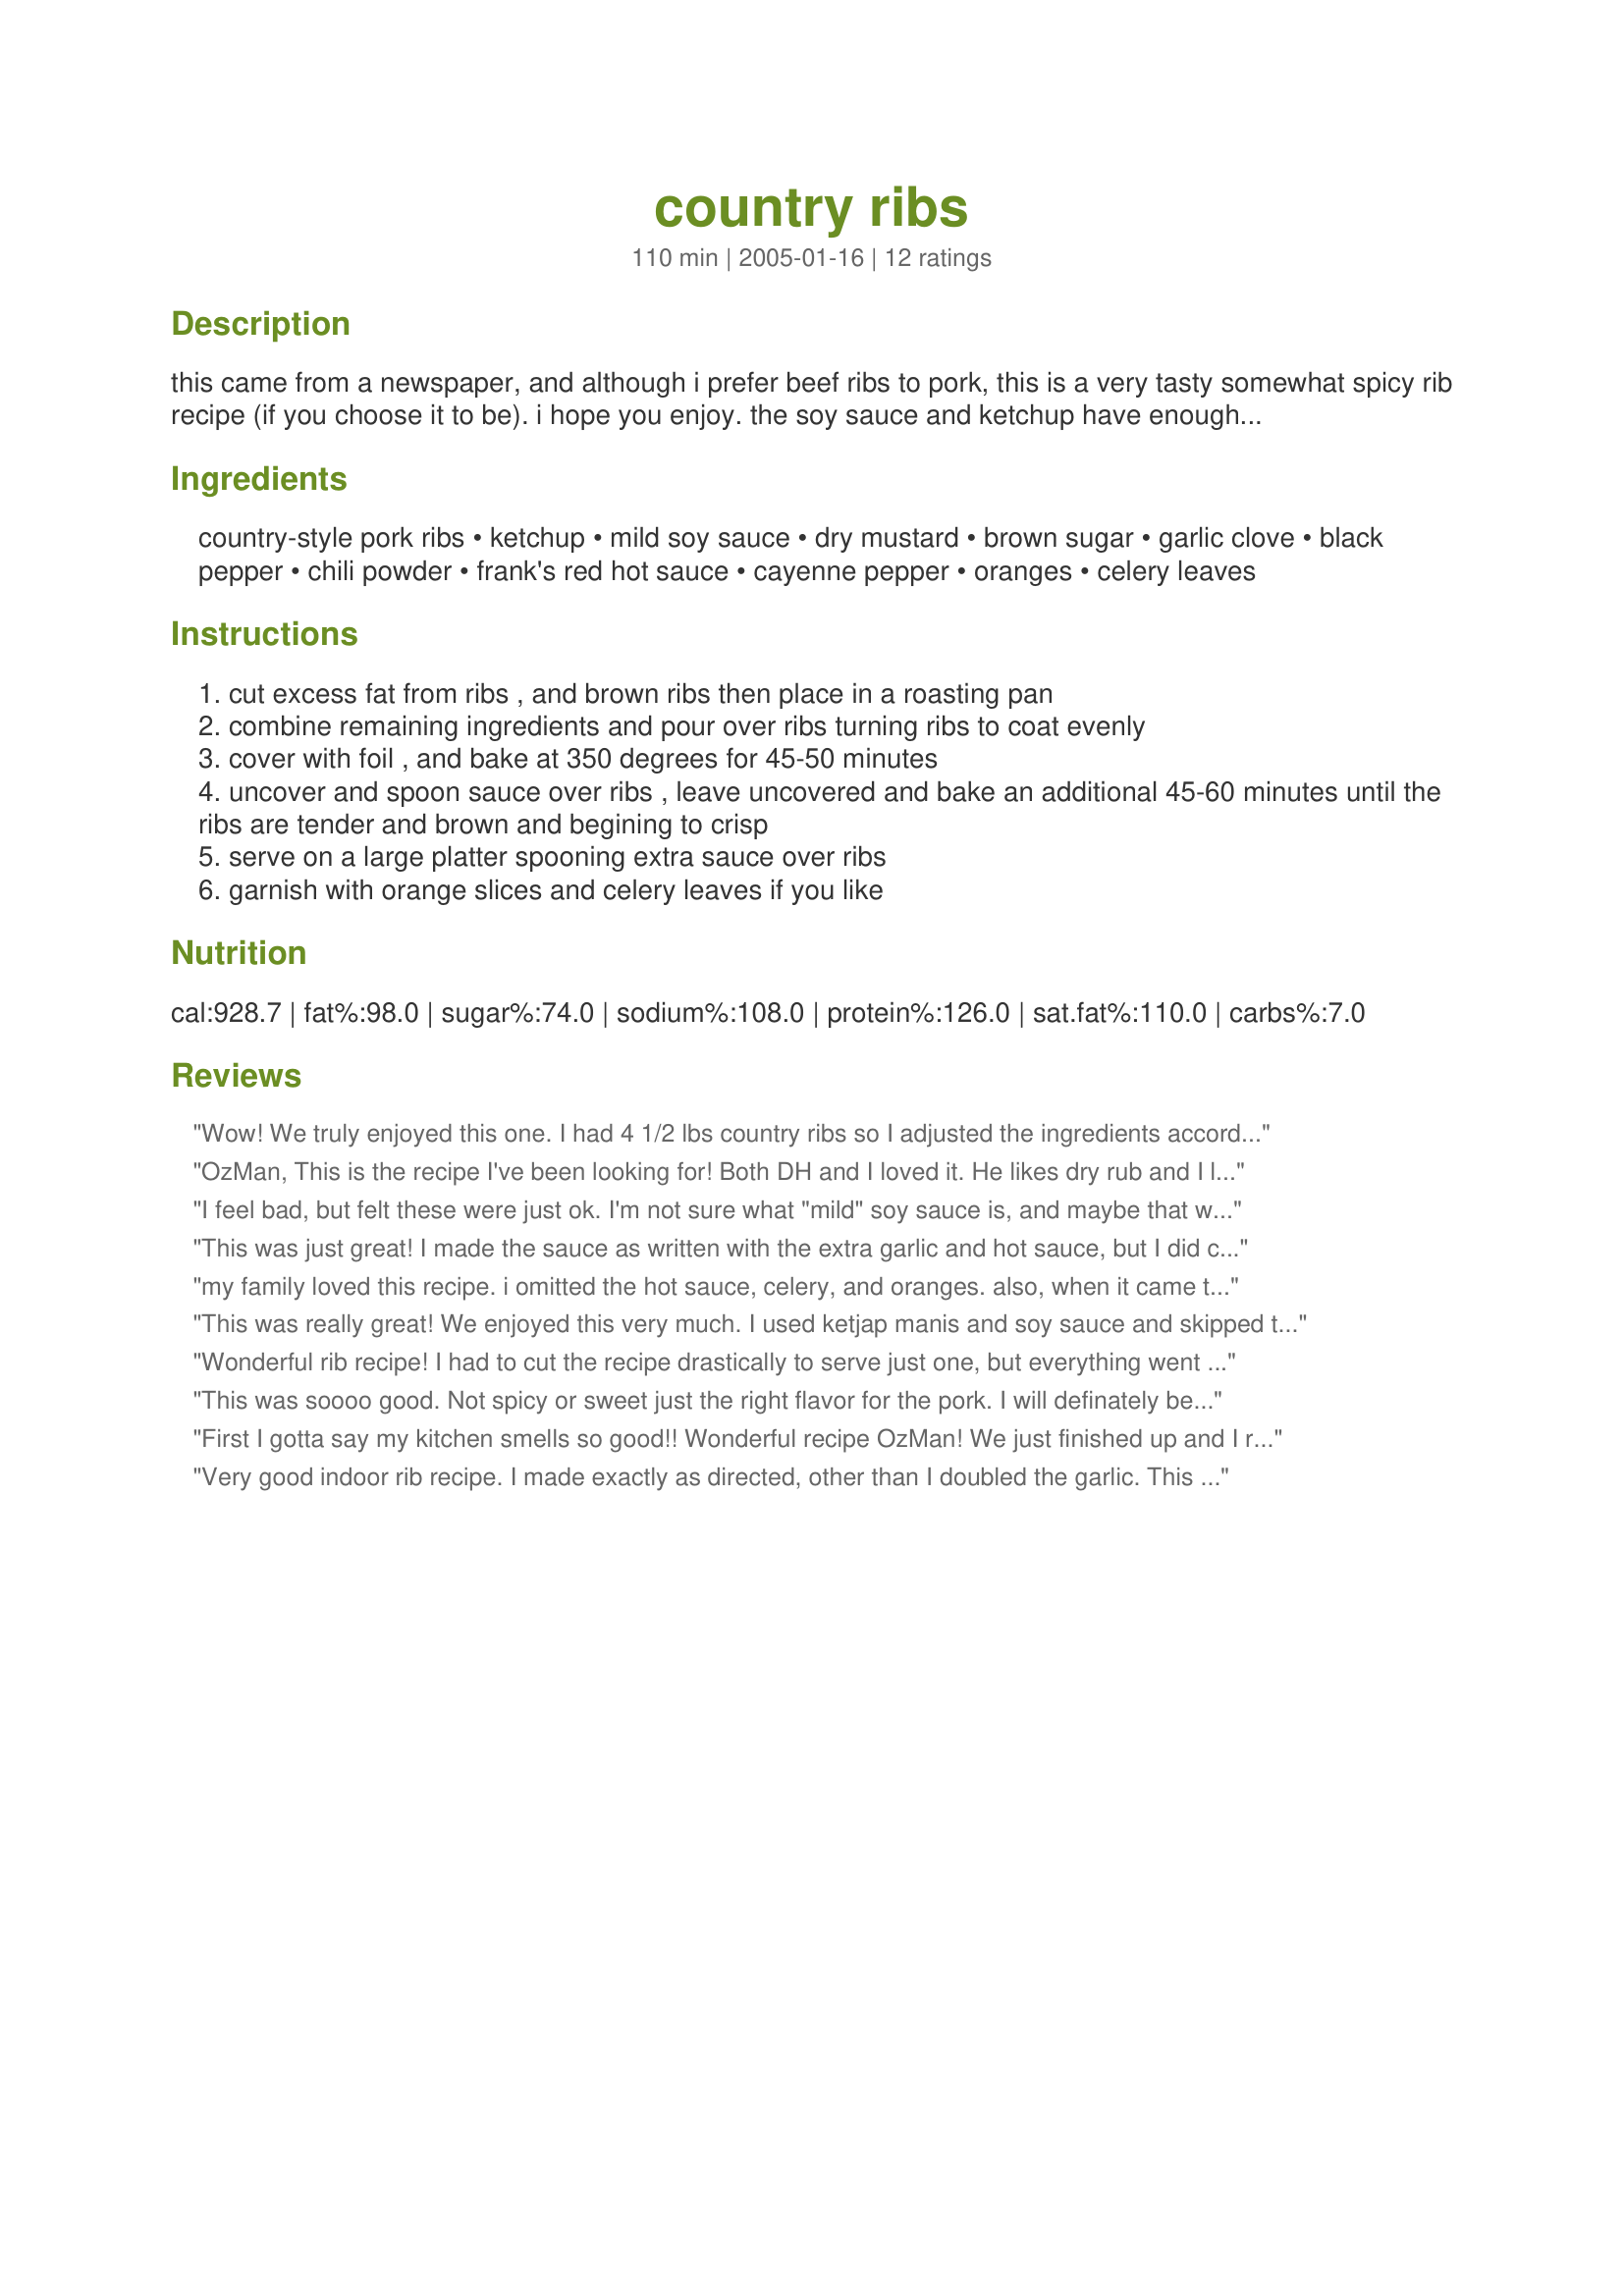
country ribs
Preparation time: 110 minutes

this came from a newspaper, and although i prefer beef ribs to pork, this is a very tasty somewhat spicy rib recipe (if you choose it to be). i hope you enjoy. the soy sauce and ketchup have enough salt, so you may or may not want to add any salt, depending on your tastes. great served with bisquits, spicy baked red beans and iced tea or cold beer! enjoy.

Ingredients:
country-style pork ribs, ketchup, mild soy sauce, dry mustard, brown sugar, garlic clove, black pepper, chili powder, frank's red hot sauce, cayenne pepper, oranges, celery leaves

Steps:
cut excess fat from ribs , and brown ribs then place in a roasting pan
combine remaining ingredients and pour over ribs turning ribs to coat evenly
cover with foil , and bake at 350 degrees for 45-50 minutes
uncover and spoon sauce over ribs , leave uncovered and bake an additional 45-60 minutes until the ribs are tender and brown and begining to crisp
serve on a large platter spooning extra sauce over ribs
garnish with orange slices and celery leaves if you like

Reviews:
Wow! We truly enjoyed this one. I had 4 1/2 lbs country ribs so I adjusted the ingredients accordingly. I used 1/2 honey and 1/2 brown sugar as I like the glossy carmelization it adds to the ribs and instead of browning I threw these babies on the grill for a few minutes before baking. The ribs smelled awesome and we couldn't wait to try them. I served with twice baked potatoes and corn on the cob. So easy and so delicious. Will be making this often this summer. You done good!
OzMan, This is the recipe I've been looking for! Both DH and I loved it. He likes dry rub and I like sauce. This was the perfect balance. I followed the recipe exactly (minus the cayenne), though I changed the cooking method. I wrapped them in foil and baked in the oven for an hour and a half. I then put them on the grill, basting until brown. Fantastic! I had a little sauce left (I only had 2lb of ribs) and it was great on my chicken breast the next day. Thank you for posting.
I feel bad, but felt these were just ok. I'm not sure what "mild" soy sauce is, and maybe that was the problem. I used reduced sodium soy sauce, as that's what I had on hand. The meat was tender, but a bit dry. Halfway through cooking, I tasted the sauce, and it tasted pretty bitter. I panicked and sprinkled some extra brown sugar on top of the ribs. It did help the taste. Was a very quick and easy recipe...I wish I liked the taste of the sauce better.
This was just great! I made the sauce as written with the extra garlic and hot sauce, but I did cut down on the soy sauce since I only had regular. I think I would cut down a bit more next time (may 1/4 cup) because they were quite salty.After I browned the ribs I put them in a baking dish, covered them, and put them in a 275 degree oven. I left them for about 3 hours (2 or 2 1/2 would have been enough, I think). Then I uncovered them and coated them with some of the sauce that I had reserved. I broiled them for a few minutes. They were incredibly tender and the flavour was super! Thank you, Ozman for a delicious way to make country style ribs!
my family loved this recipe. i omitted the hot sauce, celery, and oranges. also, when it came to baking uncovered, i cut the time in half as the ribs were too dry otherwise.
This was really great! We enjoyed this very much. I used ketjap manis and soy sauce and skipped the ketchup and sugar. I also put it in the crockpot on low for 4 hours, then stuck it in the broiler. Thanks for a great recipe!
Wonderful rib recipe! I had to cut the recipe drastically to serve just one, but everything went together easily and the boneless pork ribs came out fork-tender and very tasty. I had these with a honey/mustard/wasabi horseradish sauce. Delicious! Thanks for a delightful recipe.
This was soooo good. Not spicy or sweet just the right flavor for the pork. I will definately be using this again. Thanks
First I gotta say my kitchen smells so good!! Wonderful recipe OzMan! We just finished up and I rushed in here to review this awesome Country Rib recipe. I fellowed the recipe as stated and the results were tender country style pork ribs. I added alittle more salt and garlic to our taste. Very simple to put together. I highly recommend this recipe.
I made my Momma's potato salad and Red Lobster's Cheddar Bay Biscuits #89684 with this meal.
Thanks for sharing your recipe with us OzMan!
Very good indoor rib recipe. I made exactly as directed, other than I doubled the garlic. This was very easy to prepare, and my ribs were so tender I could cut them with a fork (boneless). Great melding of flavors in the sauce as well.
These were so good, a definate hit at the party. I doubled the recipe and it was just fine. Very easy to put together. Thanks, OZ, for posting this recipe.
Well you've done it again. Yet another "meat" recipe that my boys went gaga over. The only thing I did different was to slow cook them in the oven all day. Seriously they just fell off the bone. I had a small bite (not really a huge rib fan) but I can say that the meat was very flavorful and tender. I did not have a single rib left.
